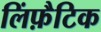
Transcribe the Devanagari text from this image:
लिंफ़ैटिक